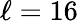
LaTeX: \ell=16